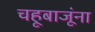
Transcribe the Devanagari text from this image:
चहूबाजूंना